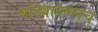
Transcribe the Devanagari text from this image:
घोड्यावरूनच